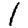
Digit: 1